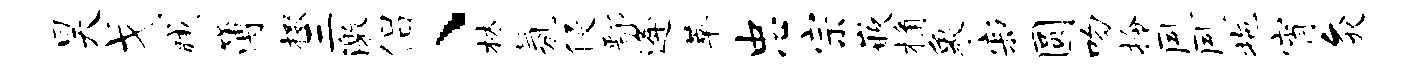
昊戈臧簿掇三激侣、林氛侵鄢逄萃忠宗嵌桷象寂圆吻拎夙夙拖宵灸